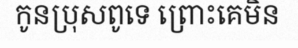
កូនប្រុសពូទេ ព្រោះគេមិន